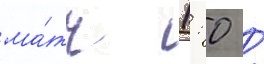
ма́тч 1: 0 /